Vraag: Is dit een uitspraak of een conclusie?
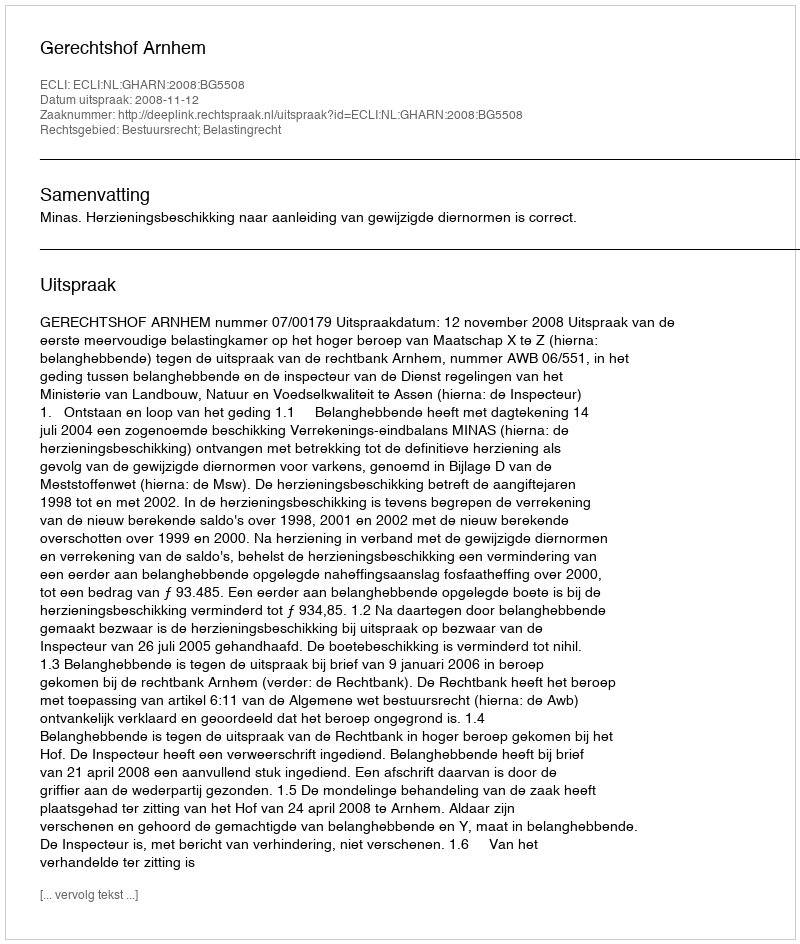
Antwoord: Uitspraak